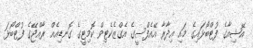
އޭޝިއާގެ ފުޓްބޯޅައިގެ މައި އިދާރާ އޭއެފްސީގެ އެގްޒެެކެޓިވް ކޮމިޓީގެ ގޮނޑިއެއް ރާއްޖޭގެ ފުޓްބޯޅަ